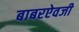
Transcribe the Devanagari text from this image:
बाबरऐवजी